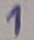
Text: 1